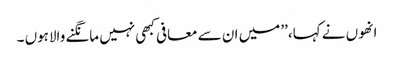
انھوں نے کہا،’’ میں ان سے معافی کبھی نہیں مانگنے والاہوں ۔